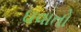
ઘવાતો